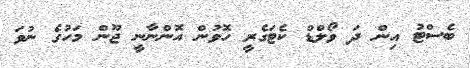
ބެސްޓު އިން ދަ ވޯލްޑް ކެޓަގެރީ ހޮވުން އޮންނާނީ ޖޫން މަހުގެ ނުވަ